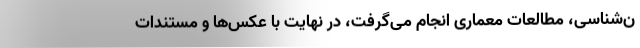
ن‌شناسی، مطالعات معماری انجام می‌گرفت، در نهایت با عکس‌ها و مستندات